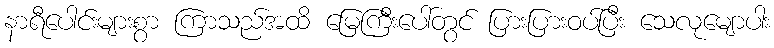
နာရီပေါင်းများစွာ ကြာသည်အထိ မြေကြီးပေါ်တွင် ပြားပြားဝပ်ပြီး သေလုမျောပါး